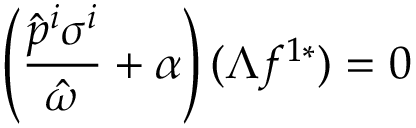
\left( \frac { \hat { p } ^ { i } \sigma ^ { i } } { \hat { \omega } } + \alpha \right) ( \Lambda f ^ { 1 * } ) = 0